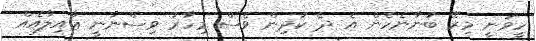
ހީވަނީ މިރޭ ބުނާނެހެން އެ ދެ ކުދިން ވެސް މިހާރު ވިސްނާނީ ޢާއިލާއެއް